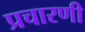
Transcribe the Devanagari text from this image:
प्रचारणी